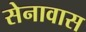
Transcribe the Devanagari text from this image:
सेनावास